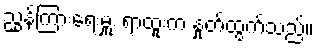
ညွှန်ကြားရေးမှူး ရာထူးက နှုတ်ထွက်သည်။